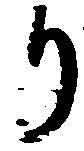
り